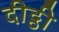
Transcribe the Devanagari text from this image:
दीट्ठी